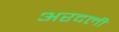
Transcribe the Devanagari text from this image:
अरदली